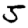
Digit: 5